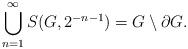
LaTeX: \begin{align*}\bigcup_{n=1}^\infty S(G,2^{-n-1})=G \setminus \partial G.\end{align*}